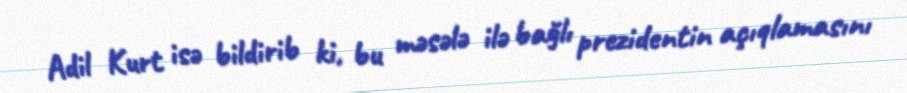
Adil Kurt isə bildirib ki, bu məsələ ilə bağlı prezidentin açıqlamasını